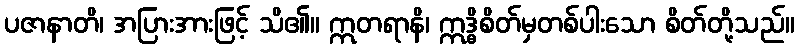
ပဇာနာတိ၊ အပြားအားဖြင့် သိ၏။ ဣတရာနိ၊ ဣဒ္ဓိစိတ်မှတစ်ပါးသော စိတ်တို့သည်။